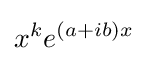
x^{k}e^{(a+ib)x}